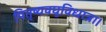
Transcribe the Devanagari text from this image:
पितृष्यवघुविधात्रा।